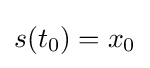
s(t_{0})=x_{0}